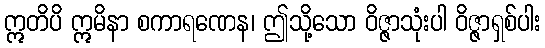
ဣတိပိ ဣမိနာ စကာရဏေန၊ ဤသို့သော ဝိဇ္ဇာသုံးပါ ဝိဇ္ဇာရှစ်ပါး